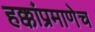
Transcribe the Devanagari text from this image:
हक्कांप्रमाणेच